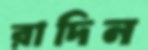
রাদিন